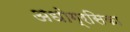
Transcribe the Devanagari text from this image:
अधोग्रसिका